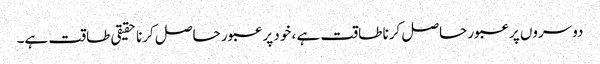
دوسروں پر عبور حاصل کرنا طاقت ہے ، خود پر عبور حاصل کرنا حقیقی طاقت ہے۔